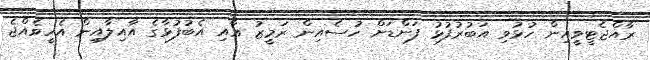
ރާއްޖެޓީވީއިން ހުޅުވި އަބުރުފުޅު ފަންޑަށް ހުސެއިން ރަމީޒު އާއި އެބުފުޅާގެ އާއިލާއިން އެހީވެއްޖެ